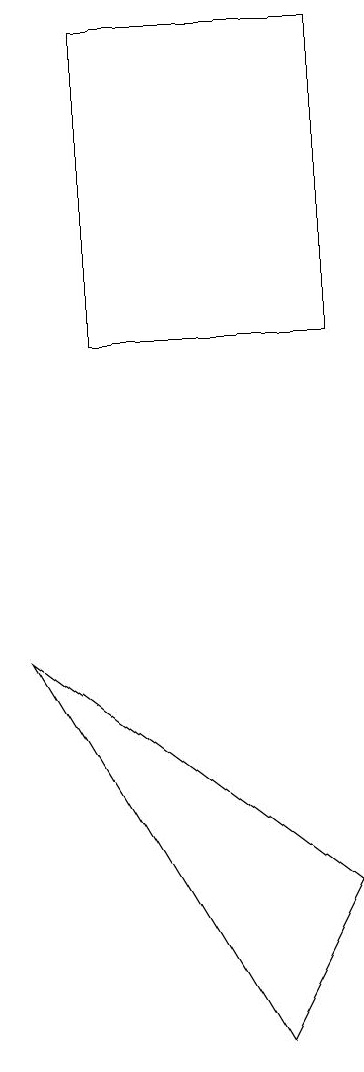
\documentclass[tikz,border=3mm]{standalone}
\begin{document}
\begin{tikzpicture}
\draw (7,5) -- (3,8) -- (6,3) -- cycle;
\draw (5,14) rectangle (5,14);
\draw (4,12) rectangle (7,16);
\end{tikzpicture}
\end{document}